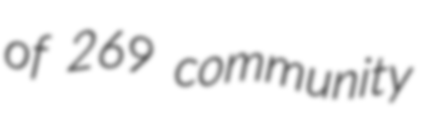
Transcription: of 269 community